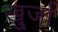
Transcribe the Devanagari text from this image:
खु्र्जा